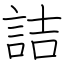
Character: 詰